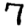
Digit: 7